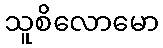
သူစိလောမော